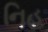
નિહ